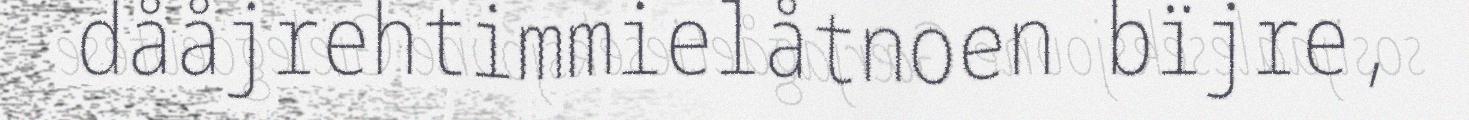
dååjrehtimmielåtnoen bïjre,